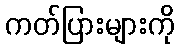
ကတ်ပြားများကို